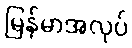
မြန်မာအလုပ်